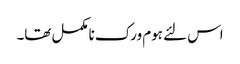
اس لئے ہوم ورک نامکمل تھا۔